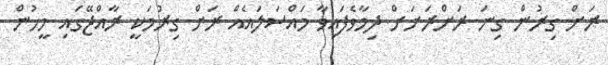
ރަށް ގިރުން ގިނަ ރަށްރަށަށް ދިމާވެފައިވާ މައްސަލައެއް ރަށް ގިރުމަކީ ރާއްޖޭގައި މީހުން